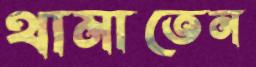
থামাতেন